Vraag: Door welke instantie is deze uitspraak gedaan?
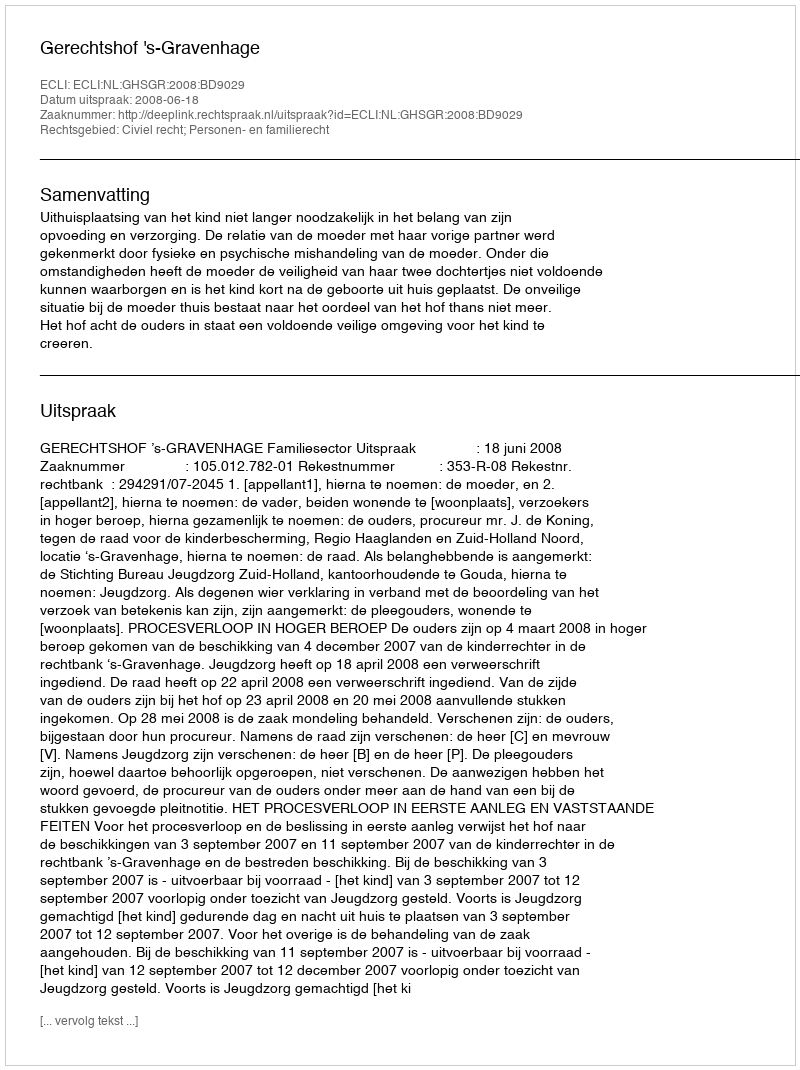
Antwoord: Gerechtshof 's-Gravenhage